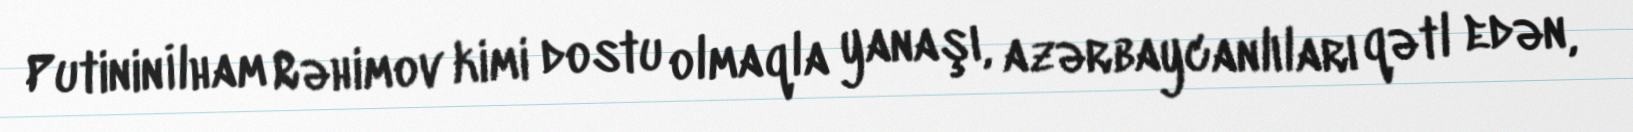
Putinin İlham Rəhimov kimi dostu olmaqla yanaşı, azərbaycanlıları qətl edən,